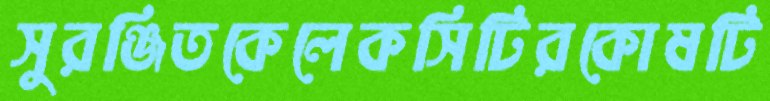
সুরঞ্জিতকেলেকসিটিরকোষটি